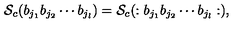
{ \cal S } _ { c } ( b _ { j _ { 1 } } b _ { j _ { 2 } } \cdots b _ { j _ { l } } ) = { \cal S } _ { c } ( : b _ { j _ { 1 } } b _ { j _ { 2 } } \cdots b _ { j _ { l } } : ) ,